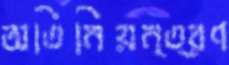
অতিনিয়ন্ত্রণ